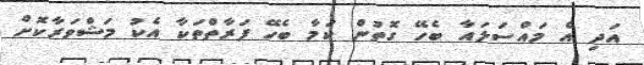
އަދި އެ މައްސަލައާ ބެހޭ ގޮތުން ކަމާ ބެހޭ ފަރާތްތަކާ އެކު މަޝްވަރާކޮށް